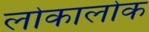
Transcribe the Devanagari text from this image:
लोकालोक